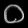
Digit: ၀